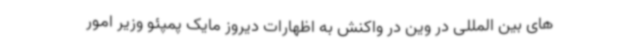
های بین المللی در وین در واکنش به اظهارات دیروز مایک پمپئو وزیر امور